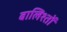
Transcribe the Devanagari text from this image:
बालिश्तों